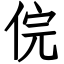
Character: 俒